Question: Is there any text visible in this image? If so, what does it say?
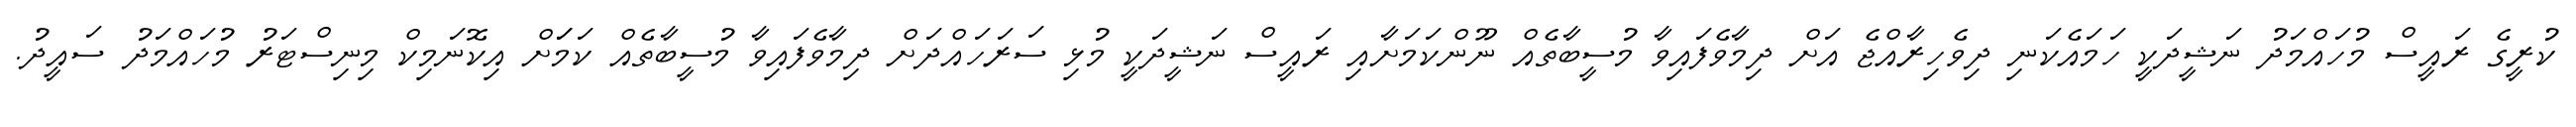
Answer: ކުރީގެ ރައީސް މުހައްމަދު ނަޝީދަކީ ހަމައެކަނި ދިވެހިރާއްޖެ އަށް ދިމާވެފައިވާ މުސީބާތެއް ނޫންކަމަށާއި ރައީސް ނަޝީދަކީ މުޅި ސަރަހައްދަށް ދިމާވެފައިވާ މުސީބާތެއް ކަމަަށް އިކޮނަމިކް މިނިސްޓަރު މުހައްމަދު ސައީދު.